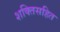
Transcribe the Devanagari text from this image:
शक्तिसहित